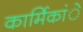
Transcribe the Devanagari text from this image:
कार्मिकांे